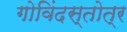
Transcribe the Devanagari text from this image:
गोविंदस्तोत्र